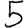
Digit: 5